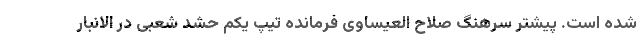
شده است. پیشتر سرهنگ صلاح العیساوی فرمانده تیپ یکم حشد شعبی در الانبار